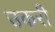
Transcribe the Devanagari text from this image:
उकरी